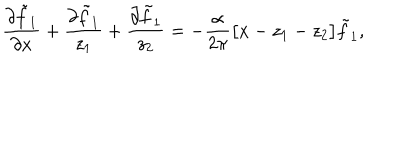
\frac { \partial \tilde { f } _ { 1 } } { \partial x } + \frac { \partial \tilde { f } _ { 1 } } { z _ { 1 } } + \frac { \partial \tilde { f } _ { 1 } } { z _ { 2 } } = - \frac { \alpha } { 2 \pi } \big [ x - z _ { 1 } - z _ { 2 } \big ] \tilde { f } _ { 1 } ,